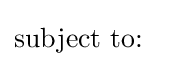
{\text{subject to: }}\